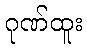
ဂုဏ်ထူး